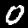
Label: 0